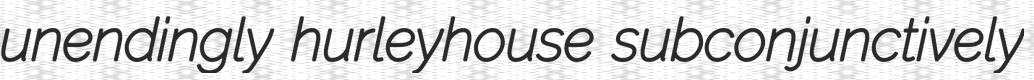
unendingly hurleyhouse subconjunctively